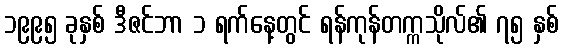
၁၉၉၅ ခုနှစ် ဒီဇင်ဘာ ၁ ရက်နေ့တွင် ရန်ကုန်တက္ကသိုလ်၏ ၇၅ နှစ်